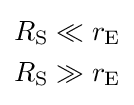
{\begin{aligned}R_{\text{S}}&\ll r_{\text{E}}\\R_{\text{S}}&\gg r_{\text{E}}\end{aligned}}